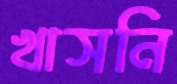
খাসনি